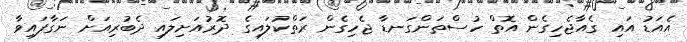
އެއަޑު އައި ގެއާޖެހިގެން އޮތް ހުސްތަންގަނޑާ ޖެހިގެން ރަތްކުލައިގެ ދޮރުއަށިލައި ދެބުރިއަށް ނަގާފައިވާ